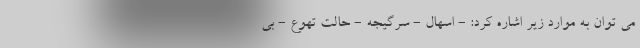
می توان به موارد زیر اشاره کرد: - اسهال - سرگیجه - حالت تهوع - بی